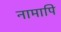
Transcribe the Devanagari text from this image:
नामापि